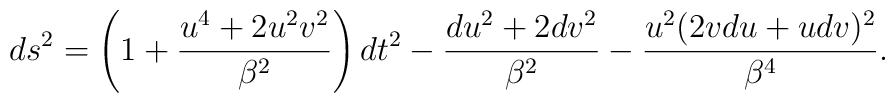
ds^2=\left(1+\frac{u^4+2u^2v^2}{\beta^2}\right)dt^2-\frac{du^2+2dv^2}{\beta^2}-\frac{u^2(2v du + u dv)^2}{\beta^4}.